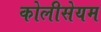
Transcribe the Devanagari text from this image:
कोलीसेयम